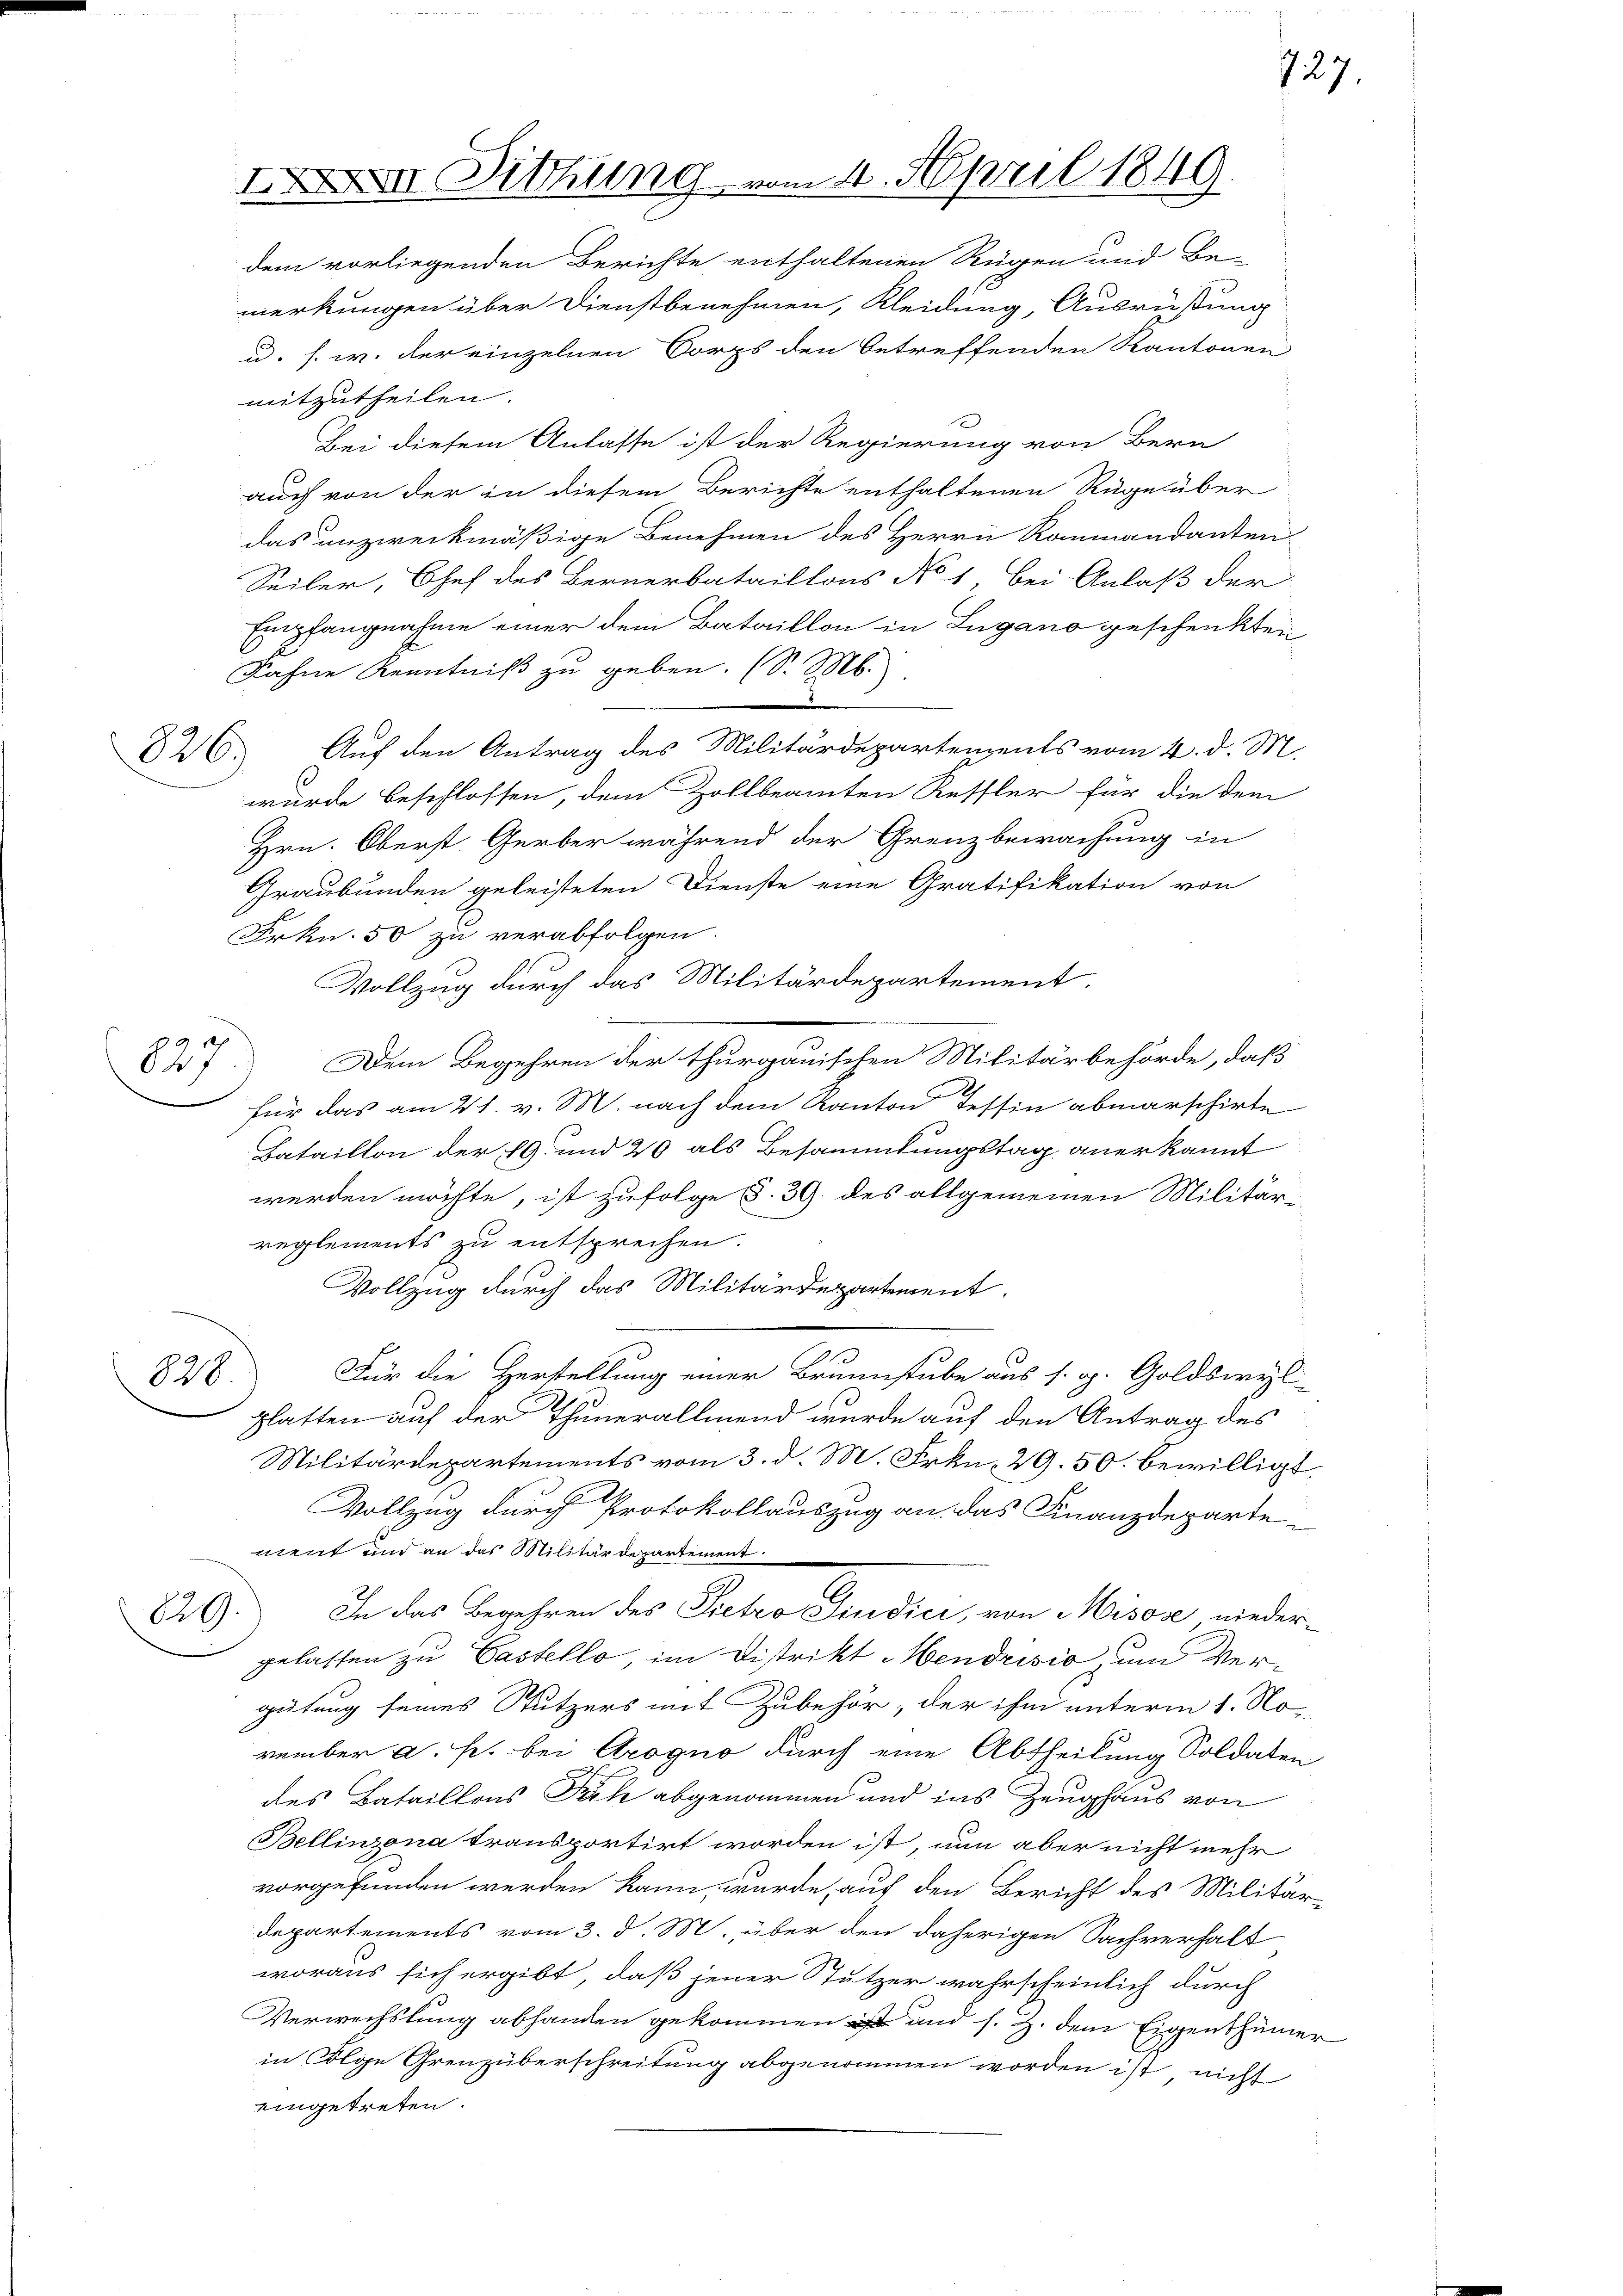
826.

827

II Dithing vom 4. April 1849.

dem vorliegenden Berichte enthaltenen Rügen und Be-
merkungen über Dienstbenehmen, Kleidung, Ausrüstung
u. s. w. der einzelnen Corps den betreffenden Kantonen
mitzutheilen.
Bei diesem Anlasse ist der Regierung von Bern
auch von der in diesem Berichte enthaltenen Rüge über
das unzweckmäßige Benehmen des Herrn Kommandanten-
Seiler, Chef des Bernerbataillons No 1, bei Anlaß der
Empfangnahme einer dem Bataillon in Lugano geschenkten
Kahne Kenntniß zu geben. (S. M.
Auf den Antrag des Militärdepartements vom 4. d. M.
wurde beschlossen, dem Zollbeamten Ressler für die dem
Hrn. Oberst. Gerber während der Grenzbewachung in
Graubünden geleisteten Dienste eine Gratifikation von
Frkn. 50 zu verabfolgen.
Vollzug durch das Militärdepartement.
Dem Begehren der thurgauischen Militärbehörde, daß
für das am 21. v. M. nach dem Kanton Tessin abmarschirte
Bataillon der 19. und 20 als Besammlungstag anerkannt
werden möchte, ist zufolge §. 39 des allgemeinen Militärreglements zu entsprechen.
Vollzug durch das Militärdepartement.
Für die Herstellung einer Brunnstube aus s. g. Goldswyl
828.
glatten auf der Thunerallmend wurde auf den Antrag des
Militärdepartements vom 3. d. M. Frkn. 29. 50. bewilligt,
Vollzug durch Protokollauszug an das Finanzdepartement und an das Militärdepartement.
In das Begehren des Pietro Sindici, von Misose nieder¬
829.
gelassen zu Castello, im Distrikt Hendrisio, und Vergütung seines Stutzers mit Zubehör, der ihm unterm 1. No
vember a. pr. bei Arogno durch eine Abtheilung Soldaten
des Bataillons Pach abgenommen und ins Zeughaus von
Bellinzona transportirt worden ist, nun aber nicht mehr
vorgefunden werden kann, wurde auf den Bericht des Militär-
Departements vom 3. d. M. über den daherigen Sachverhalt
woraus sich ergibt, daß jener Stutzer wahrscheinlich durch
Verwechslung abhanden gekommen und s. Z. dem Eigenthümer
in Folge Grenzüberschreitung abgenommen worden ist, nicht
eingetreten.

727.